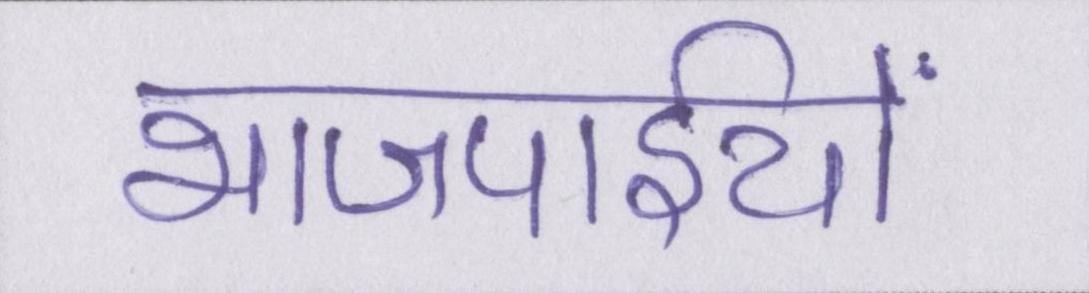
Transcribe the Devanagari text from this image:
भाजपाईयों